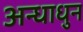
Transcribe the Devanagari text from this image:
अन्धाधुन